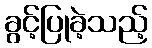
ခွင့်ပြုခဲ့သည့်